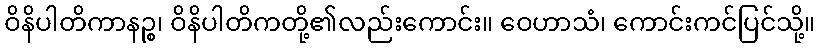
ဝိနိပါတိကာနဉ္စ၊ ဝိနိပါတိကတို့၏လည်းကောင်း။ ဝေဟာသံ၊ ကောင်းကင်ပြင်သို့။